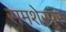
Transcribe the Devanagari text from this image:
समशेरपुर